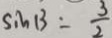
S i n 1 3 = \frac { 3 } { 2 }